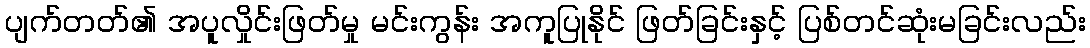
ပျက်တတ်၏ အပူလှိုင်းဖြတ်မှု မင်းကွန်း အကူပြုနိုင် ဖြတ်ခြင်းနှင့် ပြစ်တင်ဆုံးမခြင်းလည်း